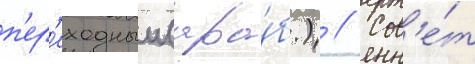
п'ер'еходныи (ара́б.) // Сов'е́т